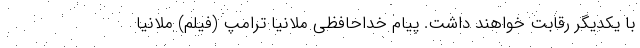
با یکدیگر رقابت خواهند داشت. پیام خداحافظی ملانیا ترامپ (فیلم) ملانیا